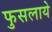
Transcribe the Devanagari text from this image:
फुसलाये